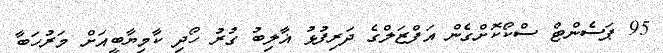
95 ޕަސެންޓް ސްކޯކޮށްގެން އަފްޒަލްގެ ދަރިފުޅު ޣާލިބު ގުރު ހޯދި ކާމިޔާބީއަށް މަރުހަބާ